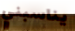
يناسبني